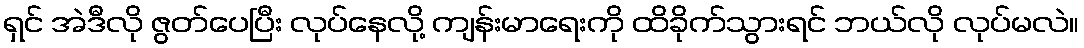
ရှင် အဲဒီလို ဇွတ်ပေပြီး လုပ်နေလို့ ကျန်းမာရေးကို ထိခိုက်သွားရင် ဘယ်လို လုပ်မလဲ။